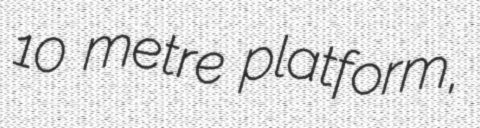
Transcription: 10 metre platform,